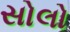
સોલો